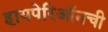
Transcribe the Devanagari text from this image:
हायपेरिऑनची